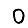
Digit: 0